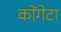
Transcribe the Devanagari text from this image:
कोंगेटा